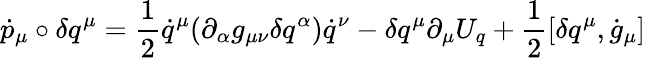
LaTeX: \dot{p}_{\mu}\circ\delta q^{\mu}=\frac{1}{2}\dot{q}^{\mu}(\partial_{\alpha}g_{\mu\nu}\delta q^{\alpha})\dot{q}^{\nu}-\delta q^{\mu}\partial_{\mu}U_{q}+\frac{1}{2}[\delta q^{\mu},\dot{g}_{\mu}]